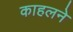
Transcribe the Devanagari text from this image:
काहलने